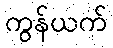
ကွန်ယက်